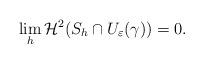
LaTeX: \begin{align*}\lim_h\mathcal H^2(S_h \cap U_{\varepsilon}(\gamma))=0.\end{align*}